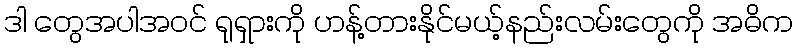
ဒါ တွေအပါအဝင် ရုရှားကို ဟန့်တားနိုင်မယ့်နည်းလမ်းတွေကို အဓိက